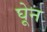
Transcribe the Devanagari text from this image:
घेून